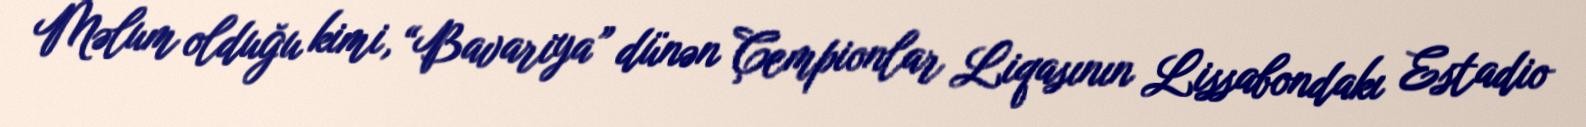
Məlum olduğu kimi, “Bavariya” dünən Çempionlar Liqasının Lissabondakı Estadio